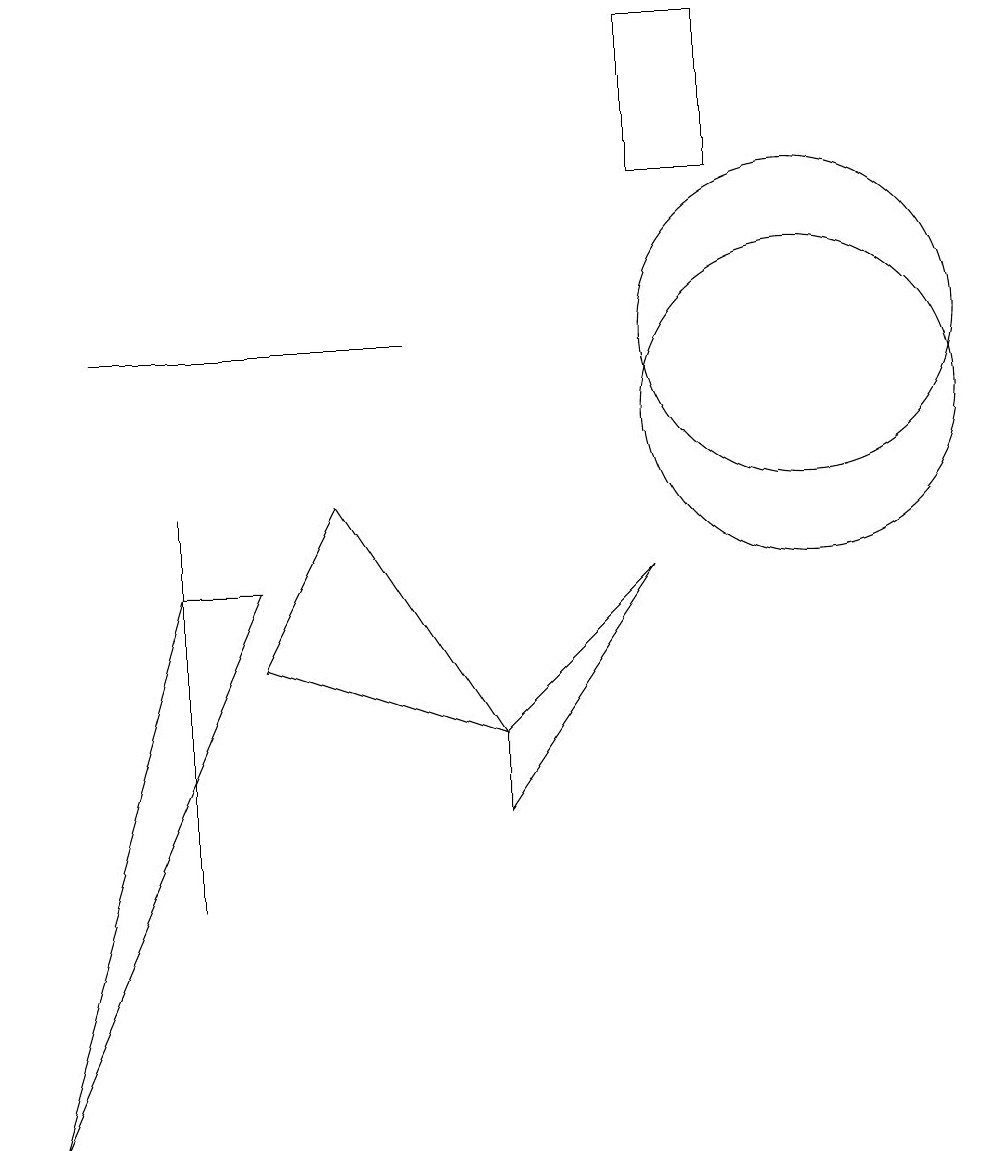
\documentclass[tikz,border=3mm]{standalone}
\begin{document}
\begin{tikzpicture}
\draw (2,4) -- (2,4) -- (2,9) -- cycle;
\draw (9,15) rectangle (8,13);
\draw (3,8) -- (0,1) -- (2,8) -- cycle;
\draw (10,10) circle (2);
\draw (10,11) circle (2);
\draw (8,8) -- (6,5) -- (6,6) -- cycle;
\draw (3,7) -- (6,6) -- (4,9) -- cycle;
\draw (1,11) rectangle (5,11);
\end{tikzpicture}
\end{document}